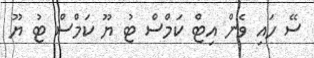
ސޭ ހައި ވެން އިޓް ކަމްސް ޓު ޔޫ ކަމްސް ޓު ޔޫ